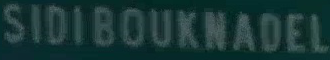
SIDIBOUXNADEL